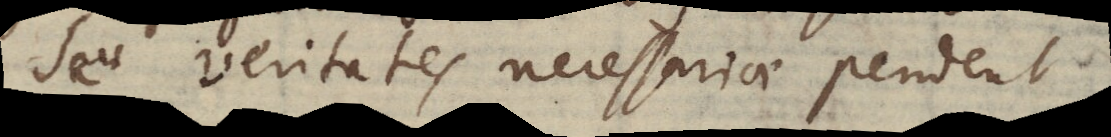
Seu veritates necessariae pendent